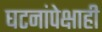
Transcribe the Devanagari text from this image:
घटनांपेक्षाही